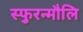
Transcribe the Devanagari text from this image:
स्फुरन्मौलि